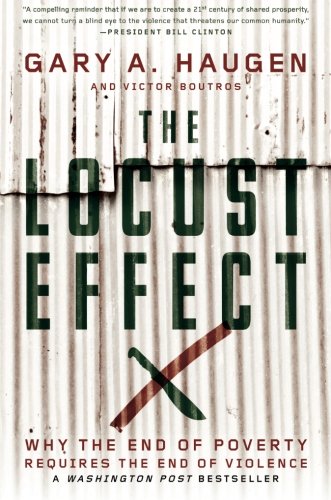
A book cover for The Locust Effect: Why the End of Poverty Requires the End of Violence; Gary A. Haugen; Politics & Social Sciences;